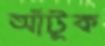
আঁটুক